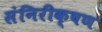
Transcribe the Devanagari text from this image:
संनिरीक्षण